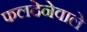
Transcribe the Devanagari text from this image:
फलदेनेवाले